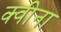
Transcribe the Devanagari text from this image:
क्वीना